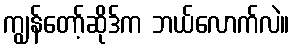
ကျွန်တော့်ဆိုဒ်က ဘယ်လောက်လဲ။